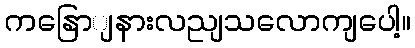
ကနြောျနားလညျသလောကျပေါ့။